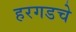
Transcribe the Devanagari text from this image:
हरगडचे